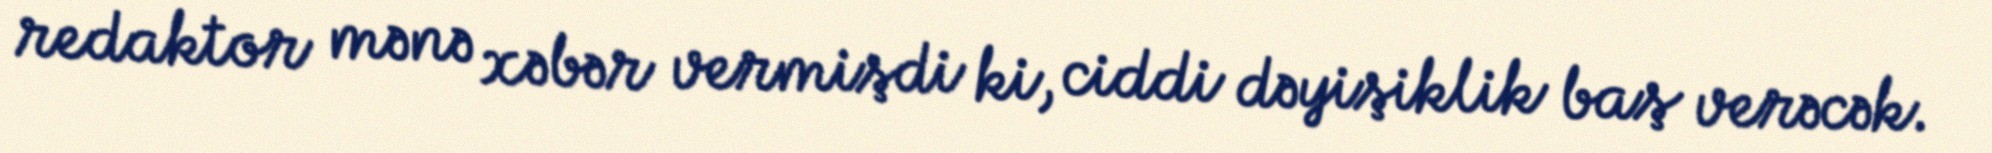
redaktor mənə xəbər vermişdi ki, ciddi dəyişiklik baş verəcək.